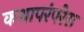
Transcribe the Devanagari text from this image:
कथापरंपरेस